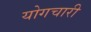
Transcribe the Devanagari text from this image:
योगचारी